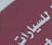
للسيارات